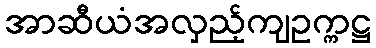
အာဆီယံအလှည့်ကျဥက္ကဋ္ဌ